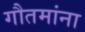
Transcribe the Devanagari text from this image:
गौतमांना